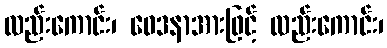
လည်းကောင်း၊ ဝေဒနာအားဖြင့် လည်းကောင်း၊